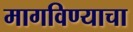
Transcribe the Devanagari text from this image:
मागविण्याचा